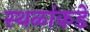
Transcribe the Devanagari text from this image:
स्थळांकडे